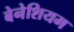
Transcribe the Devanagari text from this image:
बेनेशियम